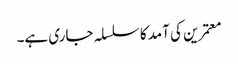
معتمرین کی آمد کا سلسلہ جاری ہے۔